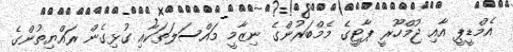
އެމްޑީޕީ އާއި ޖުމްހޫރީ ޕާޓީގެ މެމްބަރުންގެ ނިޒާމީ މައްސަލަތަކާއި ގުޅިގެން ރައްޔިތުންގެ